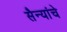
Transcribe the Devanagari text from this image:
सैन्यांचे